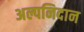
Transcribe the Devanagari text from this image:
अल्पनिदान